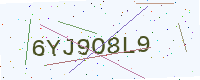
Text: 6YJ9O8L9